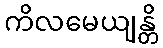
ကိလမေယျန္တိ